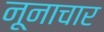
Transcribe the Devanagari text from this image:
नूनाचार